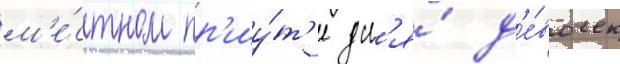
м'е́стном пр'иу́т'е дл'я́ д'е́вочек